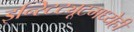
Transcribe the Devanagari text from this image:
इन्स्टिट्यूटमध्येही